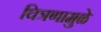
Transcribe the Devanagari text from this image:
चित्रणामुळे